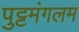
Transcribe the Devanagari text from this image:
पुट्टमंगलम